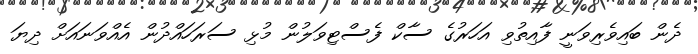
ދެން ބައިވެރިވަނީ ފާއިތުވި އަހަރުގެ ސާކް ފެސްޓިވަލުން މުޅި ސަރަހައްދުން އެއްވަނައަށް ދިޔަ